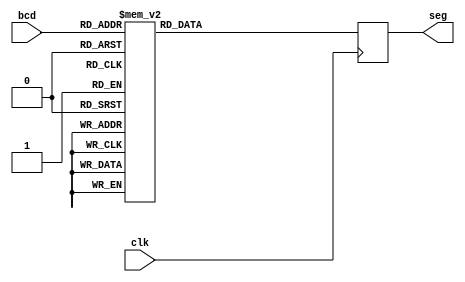
`timescale 1ns / 1ps
//////////////////////////////////////////////////////////////////////////////////
// Company: 
// Engineer: 
// 
// Design Name: 
// Module Name: ss_decode
// Project Name: 
// Target Devices: 
// Tool Versions: 
// Description: 
// 
// Dependencies: 
// 
// Revision:
// Revision 0.01 - File Created
// Additional Comments:
// 
//////////////////////////////////////////////////////////////////////////////////


module ss_decode(clk, bcd,seg);
 input clk;
 input [3:0] bcd;
 output reg[6:0] seg;
// output [3:0] an;
// assign an = 4'b1110;
 
    
//always block for converting bcd digit into 7 segment format
    always @(posedge clk)
    begin
        case (bcd) //case statement
        
            0 : seg = 7'b0000001;
            1 : seg = 7'b1001111;
            2 : seg = 7'b0010010;
            3 : seg = 7'b0000110;
            4 : seg = 7'b1001100;
            5 : seg = 7'b0100100;
            6 : seg = 7'b0100000;
            7 : seg = 7'b0001111;
            8 : seg = 7'b0000000;
            9 : seg = 7'b0000100;
            //switch off 7 segment character when the bcd digit is not a decimal number.
            default : seg = 7'b1111111; 
            
        endcase
        
        end 
        
       
endmodule